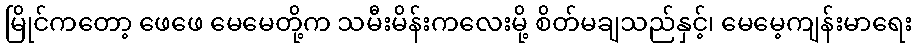
မြိုင်ကတော့ ဖေဖေ မေမေတို့က သမီးမိန်းကလေးမို့ စိတ်မချသည်နှင့်၊ မေမေ့ကျန်းမာရေး